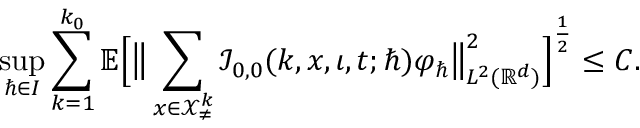
\operatorname* { s u p } _ { \hbar \in I } \sum _ { k = 1 } ^ { k _ { 0 } } \mathbb { E } \Big [ \big \lVert \sum _ { \boldsymbol { x } \in \mathcal { X } _ { \neq } ^ { k } } \mathcal { I } _ { 0 , 0 } ( k , \boldsymbol { x } , \iota , t ; \hbar ) \varphi _ { \hbar } \big \rVert _ { L ^ { 2 } ( \mathbb { R } ^ { d } ) } ^ { 2 } \Big ] ^ { \frac { 1 } { 2 } } \leq C .